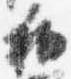
和